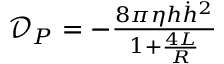
\begin{array} { r } { \mathcal { D } _ { P } = - \frac { 8 \pi \eta h \dot { h } ^ { 2 } } { 1 + \frac { 4 L } { R } } } \end{array}